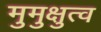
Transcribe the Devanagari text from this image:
मुमुक्षुत्व